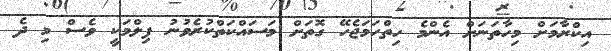
އިކްރާމަށް މިހާތަނަށް އެންމެ ހިތްހަމަޖެހޭ ގޮތަށް މަސައްކަތްކުރެވުނު ފިލްމަކީ ވެސް މި ދެ